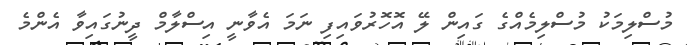
މުސްލިމަކު މުސްލިމެއްގެ ގައިން ލޭ އޮހޮރުވައިފި ނަމަ އެވާނީ އިސްލާމް ދީނުގައިވާ އެންމެ